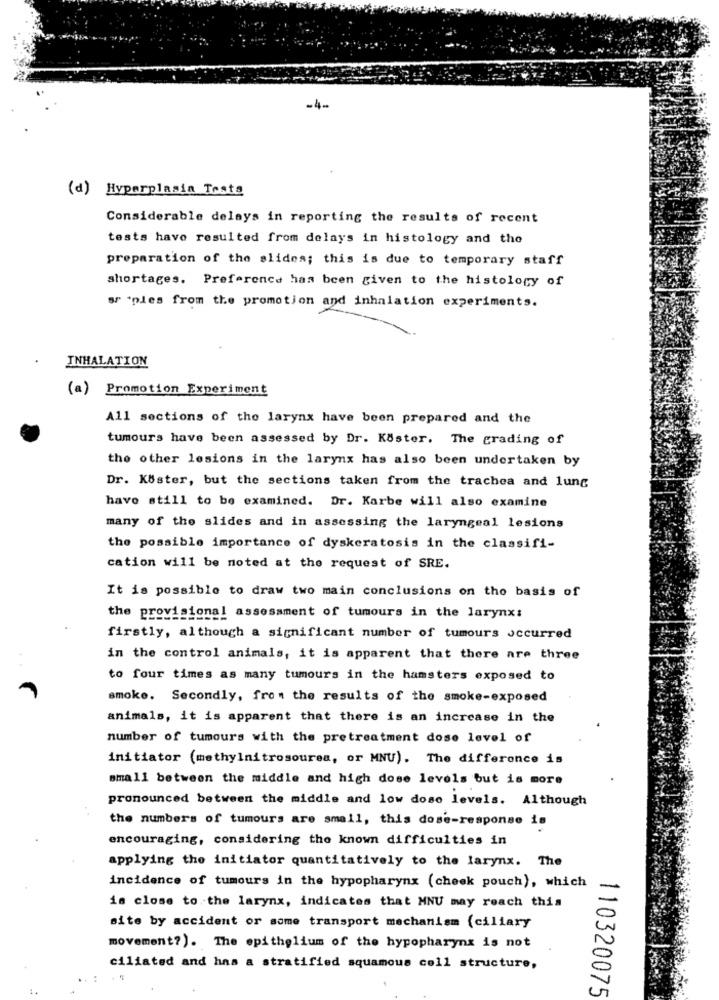
-4-
(d) Hyperplasia Tests
Considerable delays in reporting the results of recent
tests have resulted from delays in histology and the
preparation of the slides; this is due to temporary staff
shortages. Preference has been given to the histology of
sr 'pies from the promotion and inhalation experiments.
INHALATION
(a) Promotion Experiment
All sections of the larynx have been prepared and the
tumours have been assessed by Dr. Köster. The grading of
the other lesions in the larynx has also been undertaken by
Dr. KUster, but the sections taken from the trachea and lung
have still to be examined. Dr. Karbe will also examine
many of the slides and in assessing the laryngeal lesions
the possible importance of dyskeratosis in the classifi-
cation will be noted at the request of SRE.
It is possible to draw two main conclusions on the basis of
the provisional assessment of tumours in the larynx:
firstly, although a significant number of tumours occurred
in the control animals, it is apparent that there are three
to four times as many tumours in the hamsters exposed to
smoke. Secondly, fre . the results of the smoke-exposed
animals, it is apparent that there is an increase in the
number of tumours with the pretreatment dose level of
initiator (methylnitrosourea, or MNU). The difference is
small between the middle and high dose levels but is more
pronounced between the middle and low dose levels. Although
the numbers of tumours are small, this dose-response is
encouraging, considering the known difficulties in
applying the initiator quantitatively to the larynx. The
incidence of tumours in the hypopharynx (cheek pouch), which
is close to the larynx, indicates that MNU may reach this
site by accident or some transport mechanism (ciliary
movement?). The epithelium of the hypopharynx is not
ciliated and has a stratified squamous cell structure,
110320075